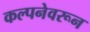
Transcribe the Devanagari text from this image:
कल्पनेवरून